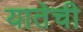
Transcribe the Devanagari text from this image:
यातेची